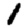
Digit: 1